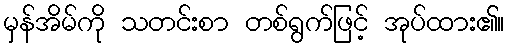
မှန်အိမ်ကို သတင်းစာ တစ်ရွက်ဖြင့် အုပ်ထား၏။